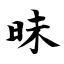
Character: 昧